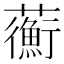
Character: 𧄇